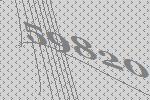
59820